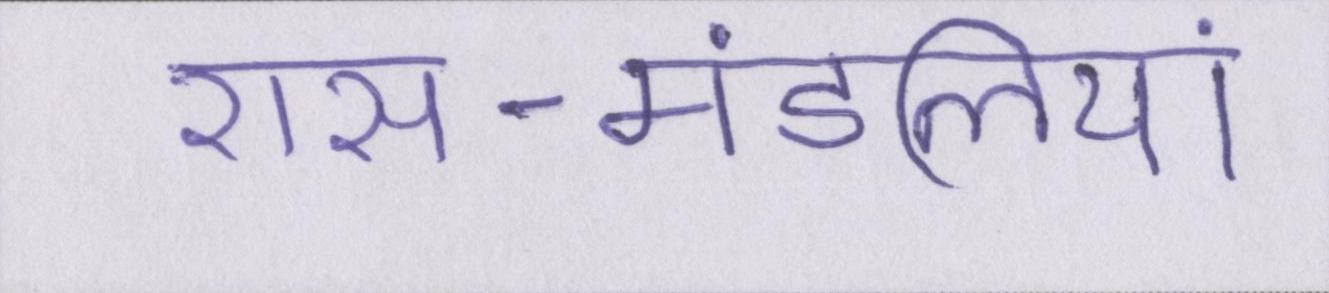
रास-मंडलियां